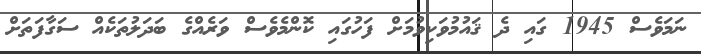
ނަމަވެސް 1945 ގައި ދެ ޤައުމުވަކިވުމަށް ފަހުގައި ކޮންމެވެސް ވަރެއްގެ ބަދަލުތަކެއް ސަގާފަތަށް